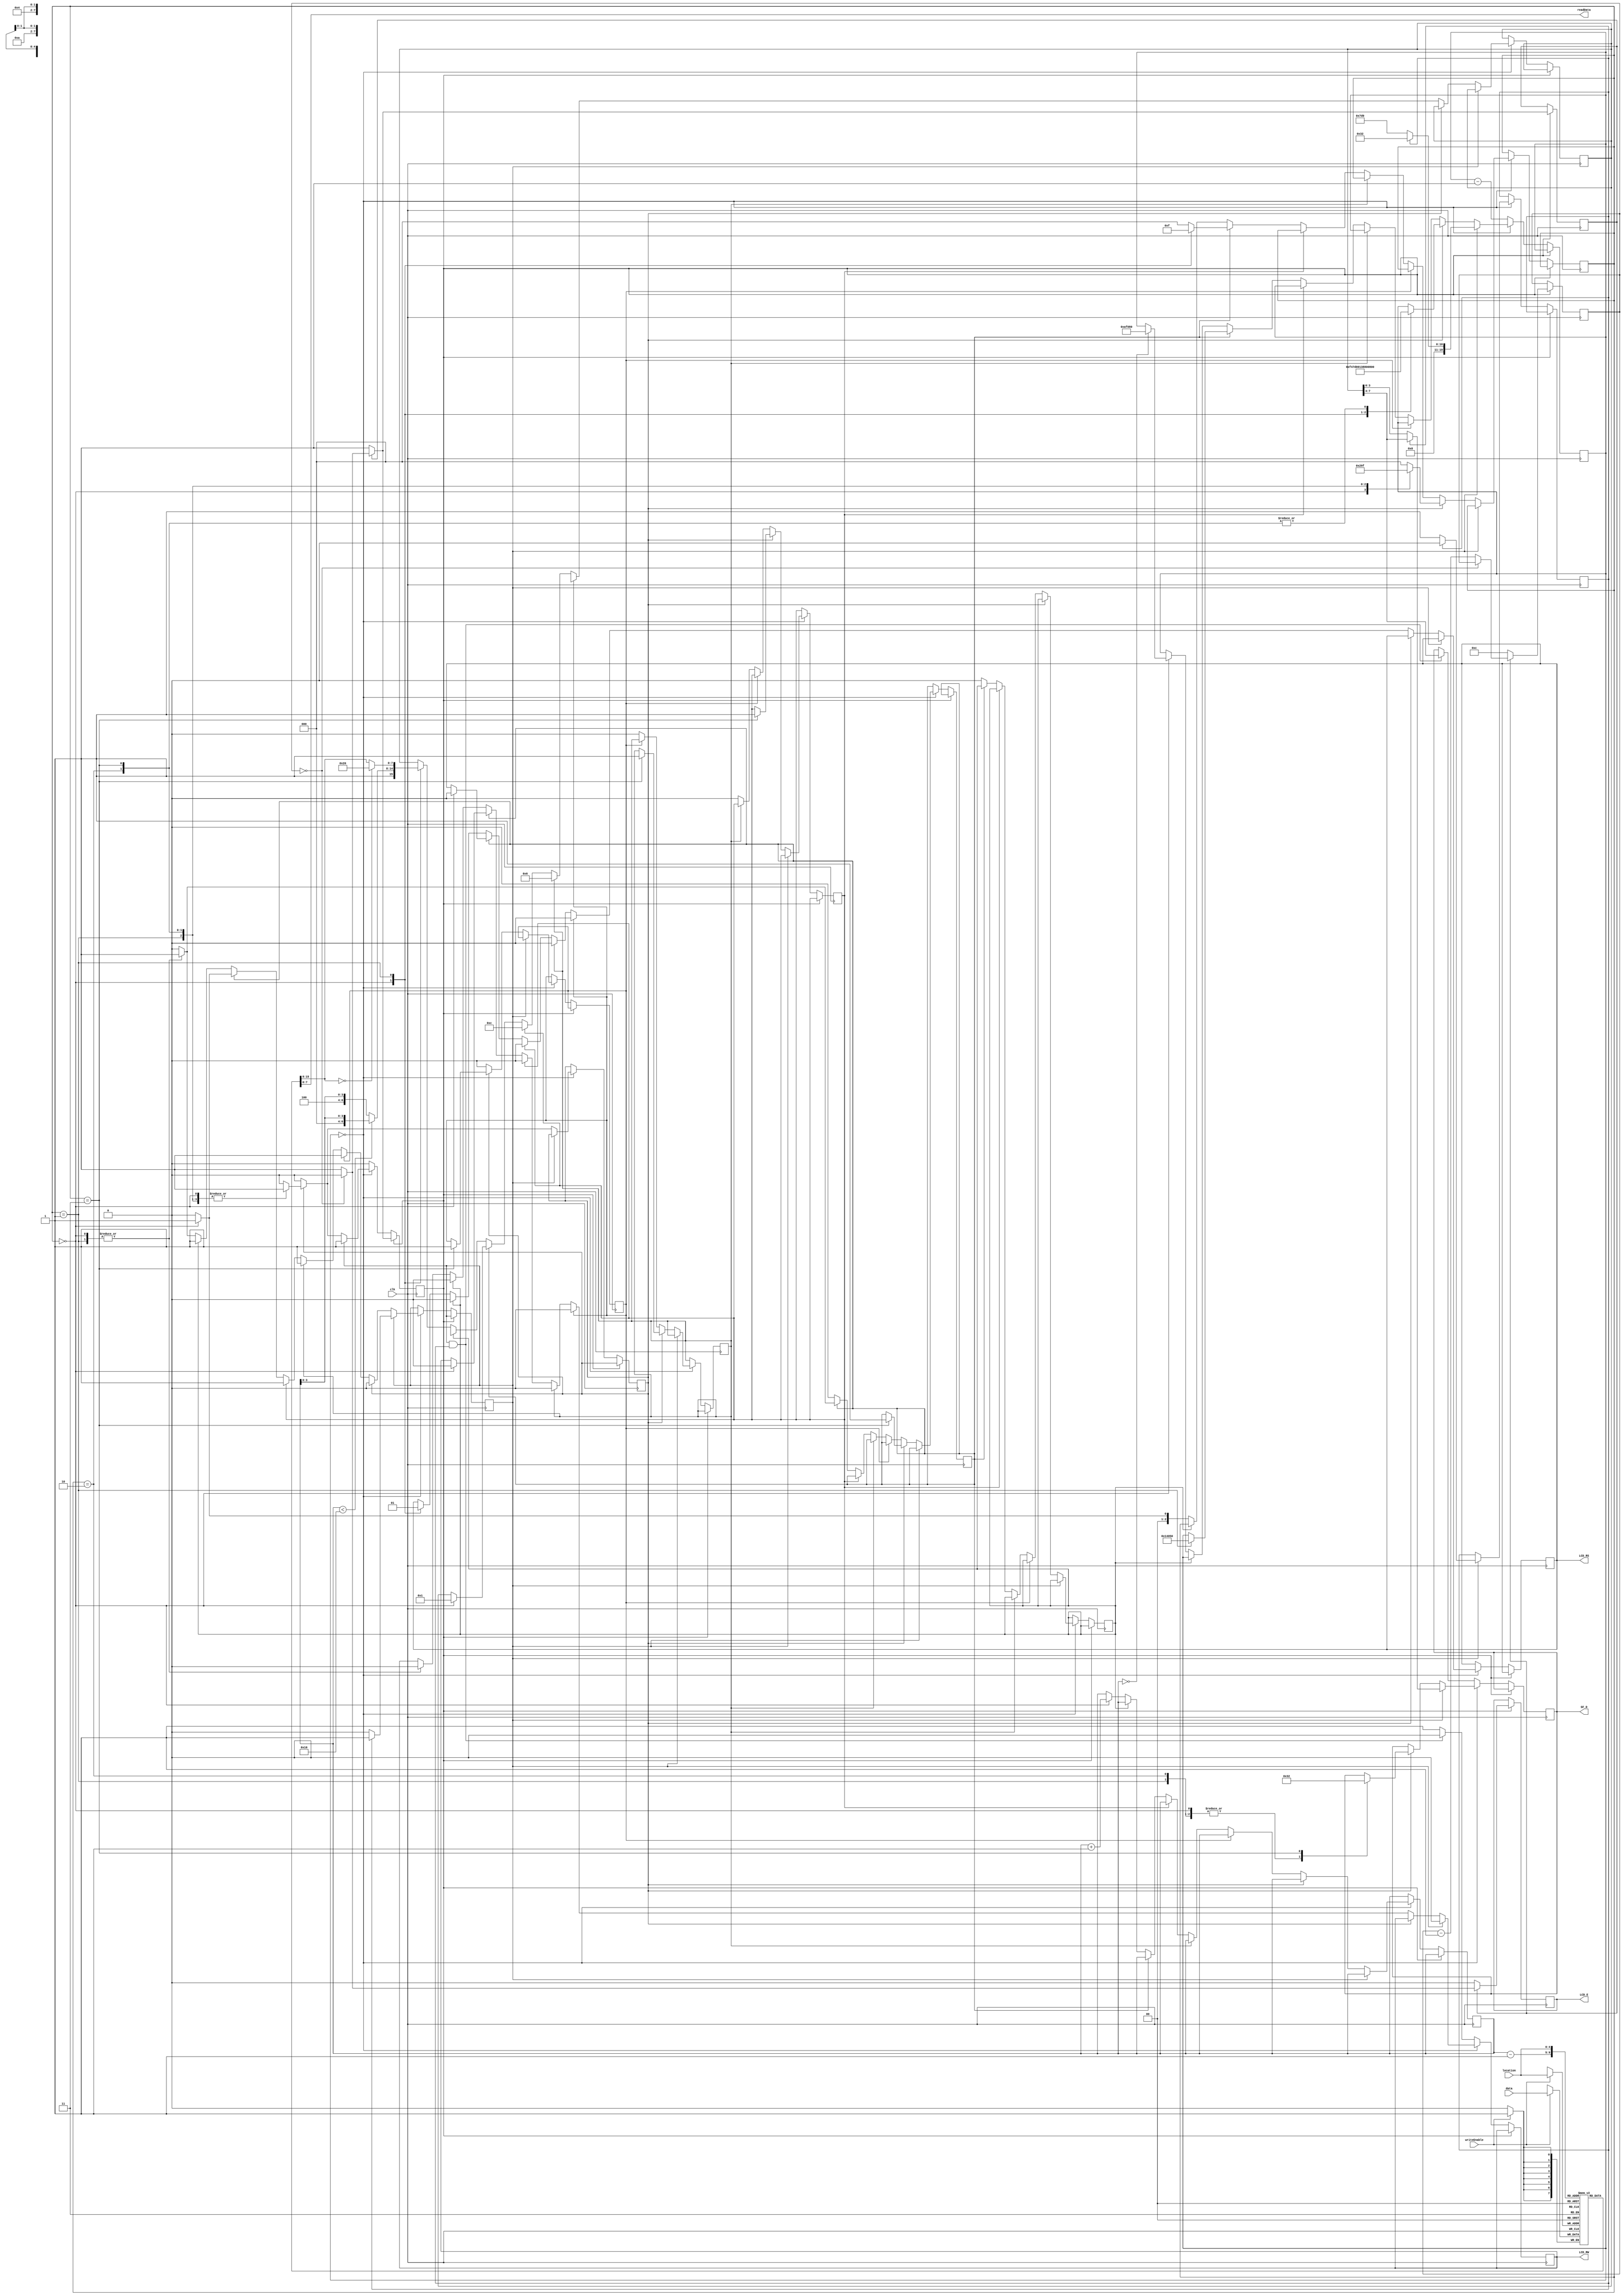
`timescale 1ns / 1ps
//////////////////////////////////////////////////////////////////////////////////
// Company: 
// Engineer: 
// 
// Design Name: 
// Module Name:    	LcdController 
// Project Name: 		microprocessor
//
// Dependencies: 
//
//////////////////////////////////////////////////////////////////////////////////
module LcdController(
    input writeEnable,
    input [4:0] location,
    input [7:0] data,
	 input clk,
	 output wire [7:0] readData,
    output reg [11:8] SF_D, 
    output reg LCD_E,
    output reg LCD_RS,
    output reg LCD_RW
    );
	
	parameter CLEAR_DISPLAY = 8'b1;
	parameter S0 = 3'b000, S1 = 3'b001, S2 = 3'b010, S3 = 3'b011, S4 = 3'b100, SDone = 3'b111;
	
	reg [7:0] characters[31:0];
	reg [4:0] sendAddress;
	reg [7:0] sendData;
	
	reg pulseLcdE, pulseLcdEAck;
	reg [3:0] pulseLcdDelay;
	
	reg sendEnable, upperNibble, initialize, functionSet, entryModeSet, displayOn, clearDisplay, cursorLeft;
	
	reg [19:0] delay; 
	reg [2:0] state;
	
	assign readData = characters[location];
	
	initial begin
		LCD_E = 0;
		
		LCD_RS = 0;
		LCD_RW = 0;
		
		sendAddress = 0;
		sendData = 0;
		
		pulseLcdE = 0;
		pulseLcdEAck = 0;
		pulseLcdDelay = 0;
		
		sendEnable = 0;
		upperNibble = 1;
		initialize = 1;
		functionSet = 0;
		entryModeSet = 0;
		displayOn = 0;
		clearDisplay = 0;
		cursorLeft = 0;
		
		state = S0;
		//Wait to initialize display
		delay = 750000;
	end
	
	always @(posedge clk) begin
		if(writeEnable == 1)
			characters[location] <= data;
		
		if(pulseLcdE == 1) begin
			if(pulseLcdEAck == 0) begin
				LCD_E = 0;
				pulseLcdDelay = 12;
				pulseLcdEAck <= 1;
			end
			else begin
				if(pulseLcdDelay == 0) begin
					LCD_E = 0;
					pulseLcdE <= 0;
					pulseLcdEAck <= 0;
				end
				else begin
					LCD_E = 1;
					pulseLcdDelay = pulseLcdDelay - 1;
				end
			end
		end
		else if(delay == 0) begin
			if(sendEnable == 1) begin 
				if(upperNibble == 1) begin
					SF_D = sendData[7:4];
					LCD_RW = 0;
					
					pulseLcdE <= 1; 
					delay <= 50;
					
					upperNibble <= 0;
				end
				else begin
					SF_D = sendData[3:0];
					LCD_RW = 0;
					
					pulseLcdE <= 1;
					delay <= 2000;
					
					upperNibble <= 1;
					sendEnable <= 0;
				end
			end
			else if(initialize == 1) begin
				case(state)
					S0: begin
						SF_D = 4'h3;
						pulseLcdE <= 1;
						delay <= 2050000;
						state <= S1;
					end
					S1: begin
						SF_D = 4'h3;
						pulseLcdE <= 1;
						delay <= 5000;
						state <= S2;
					end
					S2: begin
						SF_D = 4'h3;
						pulseLcdE <= 1;
						delay <= 2000;
						state <= S3;
					end
					S3: begin
						SF_D = 4'h2;
						pulseLcdE <= 1;
						
						functionSet <= 1;
						entryModeSet <= 1;
						displayOn <= 1;
						clearDisplay <= 1;
						
						delay <= 2000;
						state <= SDone;
					end
					default: begin
						initialize <= 0;
						state <= S0;
					end
				endcase
			end
			else if(functionSet == 1) begin
				LCD_RS = 0;
				LCD_RW = 0;
				sendData <= 8'b0010_10xx;
				sendEnable <= 1;
				
				functionSet <= 0;
			end
			else if(entryModeSet == 1) begin
				LCD_RS = 0;
				LCD_RW = 0;
				sendData <= 8'b0000_0110;
				sendEnable <= 1;
				
				entryModeSet <= 0;
			end
			else if(displayOn == 1) begin
				LCD_RS = 0;
				LCD_RW = 0;
				sendData <= 8'b0000_1100;
				sendEnable <= 1;
				
				displayOn <= 0;
			end
			else if(clearDisplay == 1) begin
				case(state)
					S0: begin
						LCD_RS = 0;
						LCD_RW = 0;
						sendData <= 8'h01;
						sendEnable <= 1;
						
						state <= S1;
					end
					S1: begin
						delay <= 82000;
						state <= SDone;
					end
					default: begin
						clearDisplay <= 0;
						state <= S0;
					end
				endcase
			end
			else if(cursorLeft == 1) begin
				LCD_RS = 0;
				LCD_RW = 0;
				sendData <= 8'b0001_00xx;
				sendEnable <= 1;
				
				cursorLeft <= 0;
			end
			//Write characters to screen
			else begin
				case(state)
					//Set address
					S0: begin
						LCD_RS = 0;
						LCD_RW = 0;
						
						sendAddress <= sendAddress + 1;
						
						if(sendAddress < 16)
							sendData <= {8'b1000, sendAddress[3:0]};
						else
							sendData <= {8'b1100, sendAddress[3:0]};
						
						sendEnable <= 1;
						state <= S1;
						
						if(sendAddress == 0)
							delay <= 50000000; //100ms delay
					end
					//Write character
					S1: begin
						LCD_RS = 1;
						LCD_RW = 0;
						if(characters[sendAddress - 1] == 0)
							sendData <= 8'h20;
						else
							sendData <= characters[sendAddress - 1];
						sendEnable <= 1;
						
						state <= S0;
					end
					default: state <= S0;
				endcase
			end
		end
		else begin
			delay <= delay - 1;
			if(sendEnable == 1 & upperNibble == 1) begin
				SF_D = sendData[7:4];
				LCD_RW = 0;
			end
			else
				LCD_RW = 1;
		end 
	end
endmodule